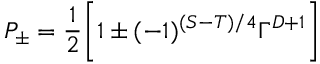
P _ { \pm } = \frac { 1 } { 2 } \biggl [ 1 \pm ( - 1 ) ^ { ( S - T ) / 4 } \Gamma ^ { D + 1 } \biggr ]